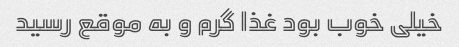
خیلی خوب بود غذا گرم و به موقع رسید